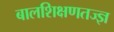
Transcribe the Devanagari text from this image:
बालशिक्षणतज्ज्ञ